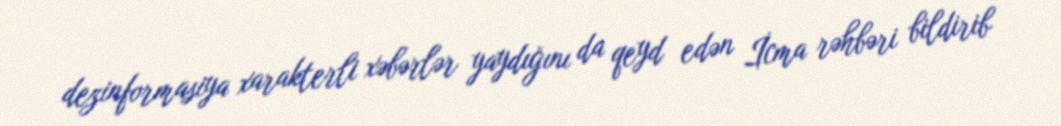
dezinformasiya xarakterli xəbərlər yaydığını da qeyd edən İcma rəhbəri bildirib